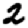
Digit: 2